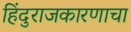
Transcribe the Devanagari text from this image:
हिंदुराजकारणाचा